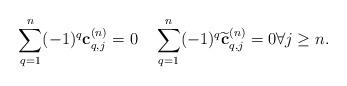
LaTeX: \begin{align*}\sum_{q=1}^{n} (-1)^q\textbf{c}_{q,j}^{(n)}=0\quad\sum_{q=1}^{n} (-1)^q\widetilde{\textbf{c}}_{q,j}^{(n)}=0\forall j\geq n.\end{align*}